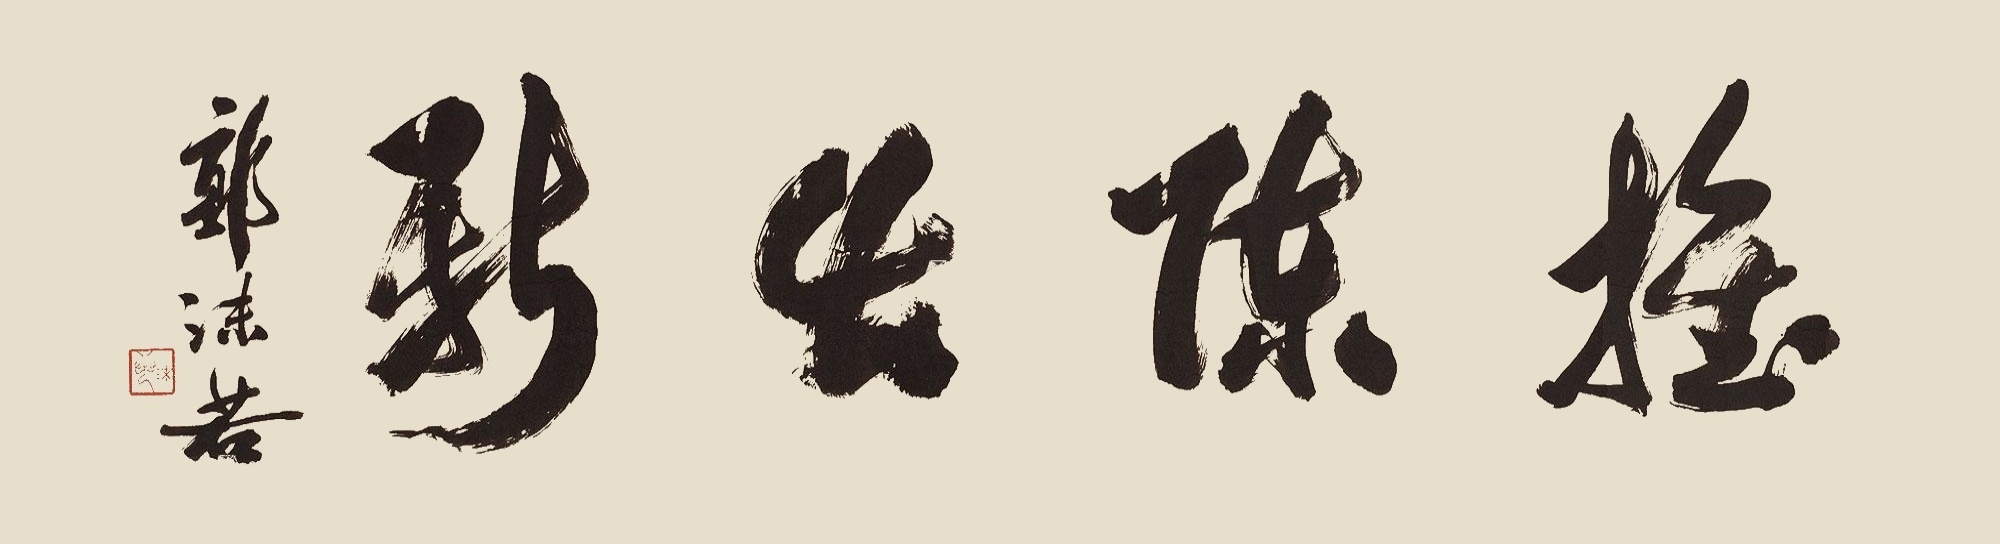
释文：推陈出新郭沫若